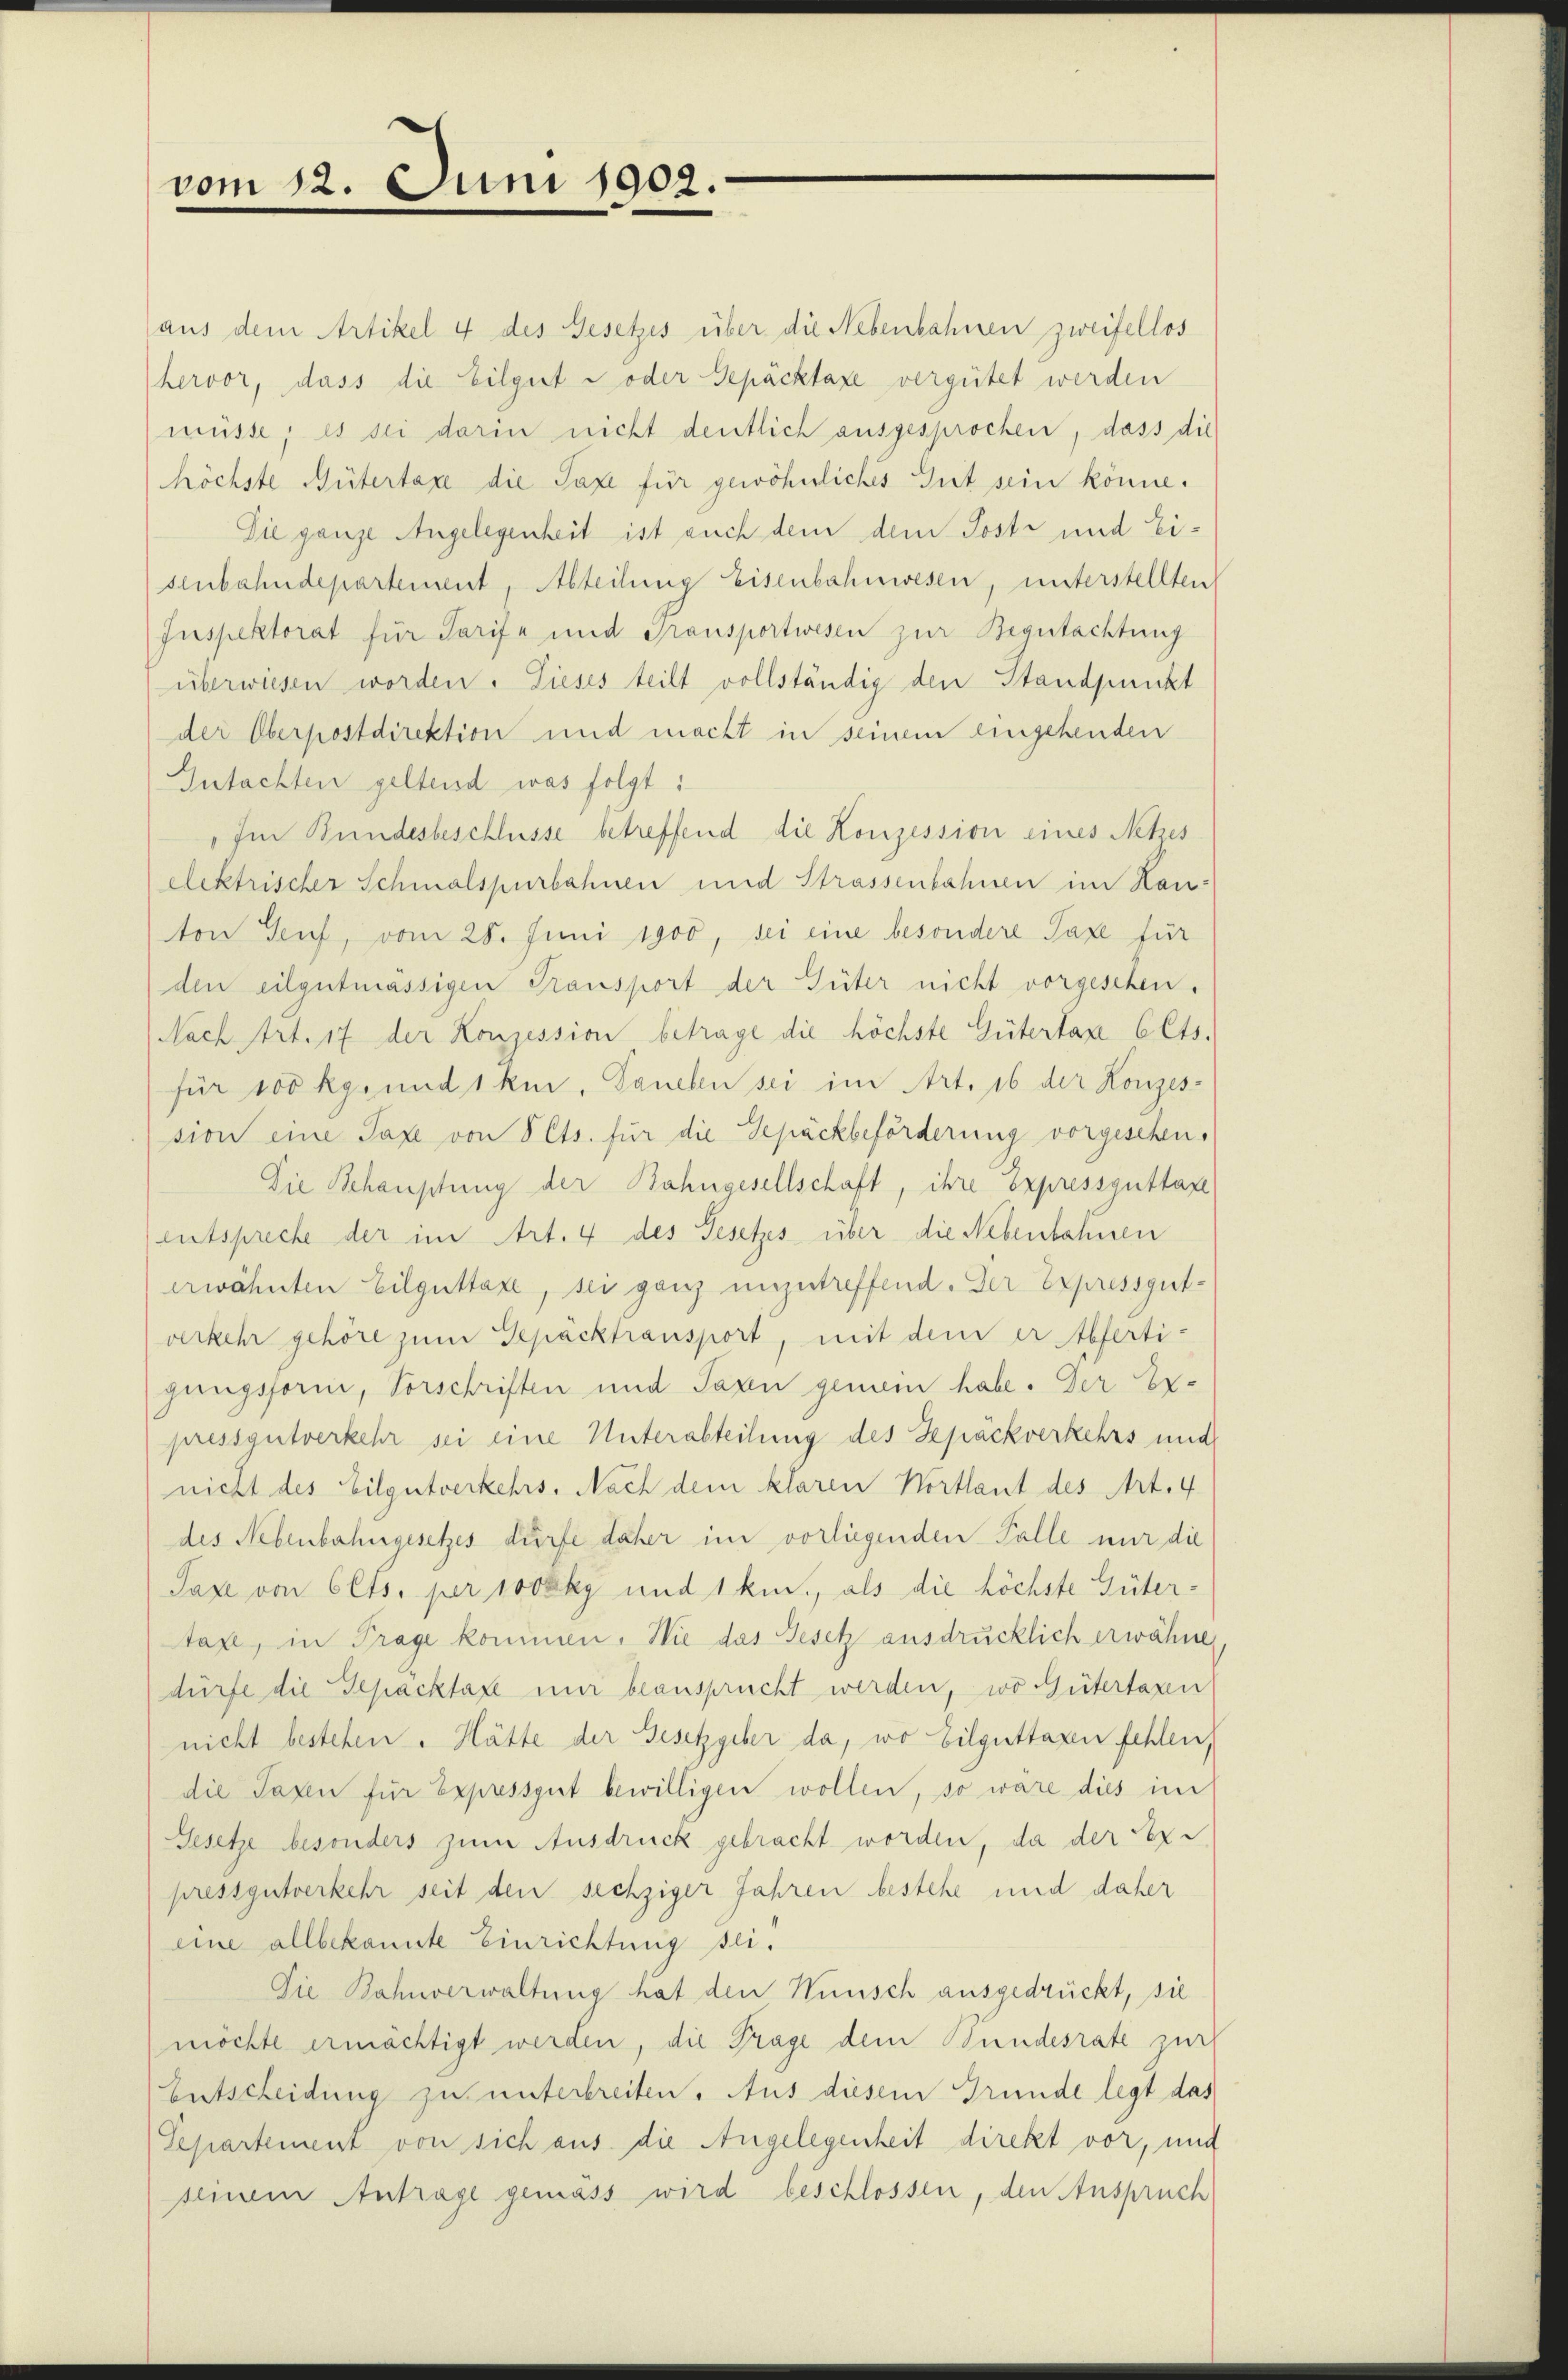
vom 12. Juni 1902.

aus dem Artikel 4 des Gesetzes über die Nebenbahnen zweifellos
hervor, dass die Eilgert - oder Gepäcktaxe vergütet werden
müsse; es sei darin nicht deutlich ausgesprochen, dass die
höchste Gütertaxe die Taxe für gewöhnliches Gut sein könne.
Die ganze Angelegenheit ist auch dem dem Posti und Eisenbahndepartement, Abteilung Eisenbahnwesen, unterstellten
Inspektorat für Tarife und Transportwesen zur Begutachtung
überwiesen worden. Dieses teilt vollständig den Standpunkt
der Oberpostdirektion und macht in seinem eingehenden
Gutachten geltend was folgt:
„Im Bundesbeschlüsse betreffend die Konzession eines Netzes
elektrischer Schmalspurbahnen und Strassenbahnen im Hau-
ton Genf, vom 28. Juni 1900, sei eine besondere Taxe für
den eilgutmässigen Transport der Güter nicht vorgeschen.
Nach Art. 17 der Konzession betrage die höchste Gütertaxe 6 Cts.
für 100 kgrund 1 kir. Daneben sei im Art. 16 der Konzession eine Taxe von 5 Cts. für die Gepäckbeförderung vorgeschen,
Die Behauptung der Bahngesellschaft, ihre Expressguttan
entspreche der im Art. 4 des Gesetzes über die Nebenbahnen
erwähnten Eilguttaxe, sei ganz unzutreffend. Der Expressgut-
verkehr gehöre zum Gepäcktransport, mit dem er Abferti-
gungsform, Vorschriften und Taxen genem habe. Der Er-
pressgutverkehr sei eine Unterabteilung des Gepäckverkehrs und
nicht des Eilgutverkehrs, Nach dem klaren Wortlaut des Art. 4
des Nebenbahngesetzes dürfe daher im vorliegenden Falle nur die
Taxe von Olts. per 100 kg und 1 km., als die höchste Gütertaxe, in Trage kommen. Wie das Gesetz ausdrücklich erwähne
dürfe die Sepacktaxe nur beansprucht werden, wo Gütertaxen
nicht bestehen. Hätte der Gesetzgeber da, wo bilguttaxen fehlen,
die Taxen für Expressgut bewilligen wollen, so wäre dies im
Gesetze besonders zum Ausdruck gebracht worden, da der Expressgutverkehr seit den sechziger Jahren bestehe und daher
eine allbekannte Einrichtung sei¬
Die Bahnverwaltung hat den Wünsch ausgedrückt, sie
möchte ermächtigt werden, die Frage dem Bundesrate zur
Entscheidung zu unterbreiten. Aus diesem Grunde legt das
Separtement von sich aus. die Angelegenheit direkt vor, und
seinem Antrage gemäss wird beschlossen, den Anspruch